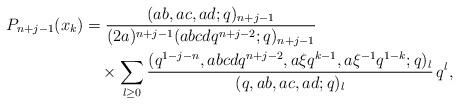
LaTeX: \begin{align*}P_{n+j-1}(x_k)&=\frac{(ab,ac,ad;q)_{n+j-1}}{(2a)^{n+j-1}(abcdq^{n+j-2};q)_{n+j-1}}\\&\quad\times\sum_{l\geq 0}\frac{(q^{1-j-n},abcdq^{n+j-2},a\xi q^{k-1},a\xi^{-1}q^{1-k};q)_l }{(q,ab,ac,ad;q)_l}\,q^l, \end{align*}